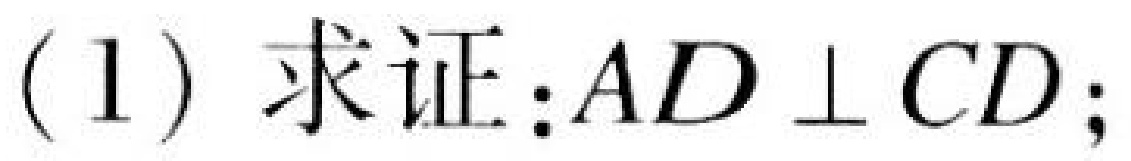
(1) 求证:$AD \perp CD$;